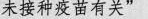
接种疫苗有关”